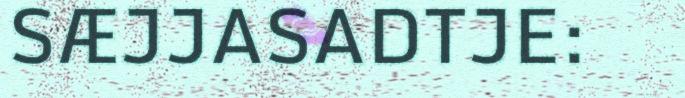
SÆJJASADTJE: